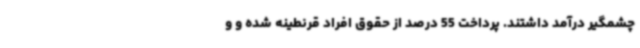
چشمگیر درآمد داشتند. پرداخت 55 درصد از حقوق افراد قرنطینه شده و و